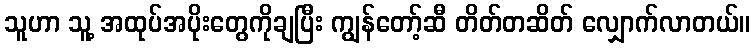
သူဟာ သူ့ အထုပ်အပိုးတွေကိုချပြီး ကျွန်တော့်ဆီ တိတ်တဆိတ် လျှောက်လာတယ်။